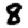
Digit: 8